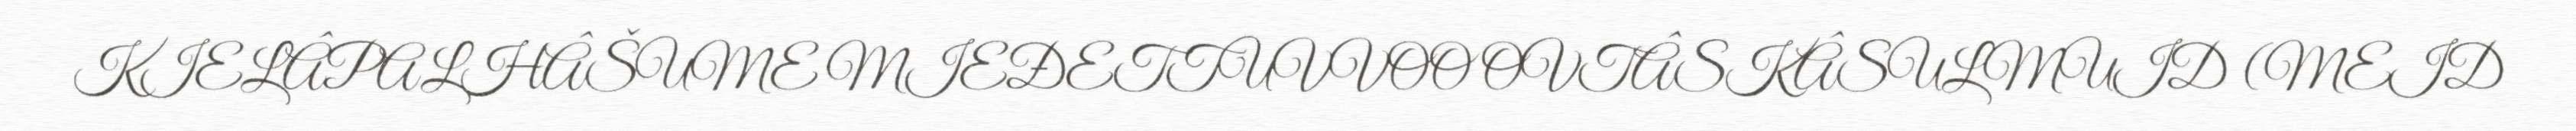
KIELÂPALHÂŠUME MIEĐETTUVVOO OVTÂSKÂSULMUID (MEID